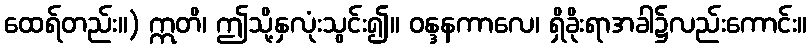
ထေရ်တည်း။) ဣတိ၊ ဤသို့နှလုံးသွင်း၍။ ဝန္ဒနကာလေ၊ ရှိခိုးရာအခါ၌လည်းကောင်း။